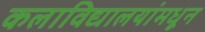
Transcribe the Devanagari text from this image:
कलाविद्यालयांमधून